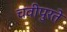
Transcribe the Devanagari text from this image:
चवीपुरते